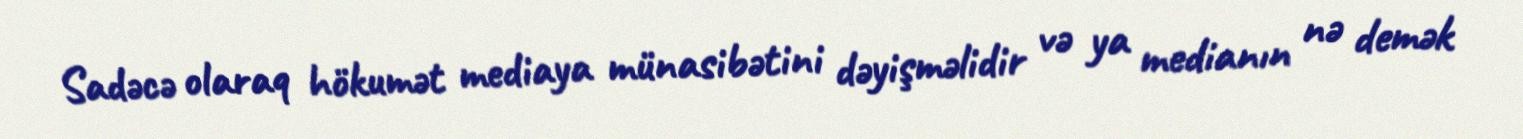
Sadəcə olaraq hökumət mediaya münasibətini dəyişməlidir və ya medianın nə demək